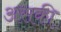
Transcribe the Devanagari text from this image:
असकी